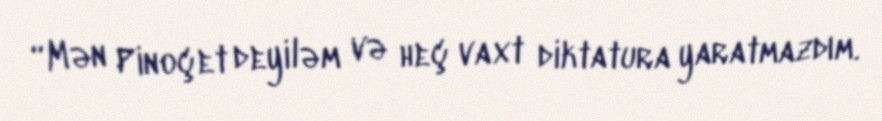
“Mən Pinoçet deyiləm və heç vaxt diktatura yaratmazdım.